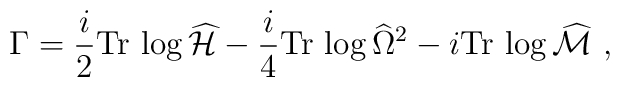
\Gamma={i\over2}\mbox{Tr}\,\log\widehat{\cal H}-{i\over4}\mbox{Tr}\,\log\widehat{\Omega}^2        -i\mbox{Tr}\,\log\widehat{\cal M} \ ,